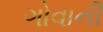
ગોવાની